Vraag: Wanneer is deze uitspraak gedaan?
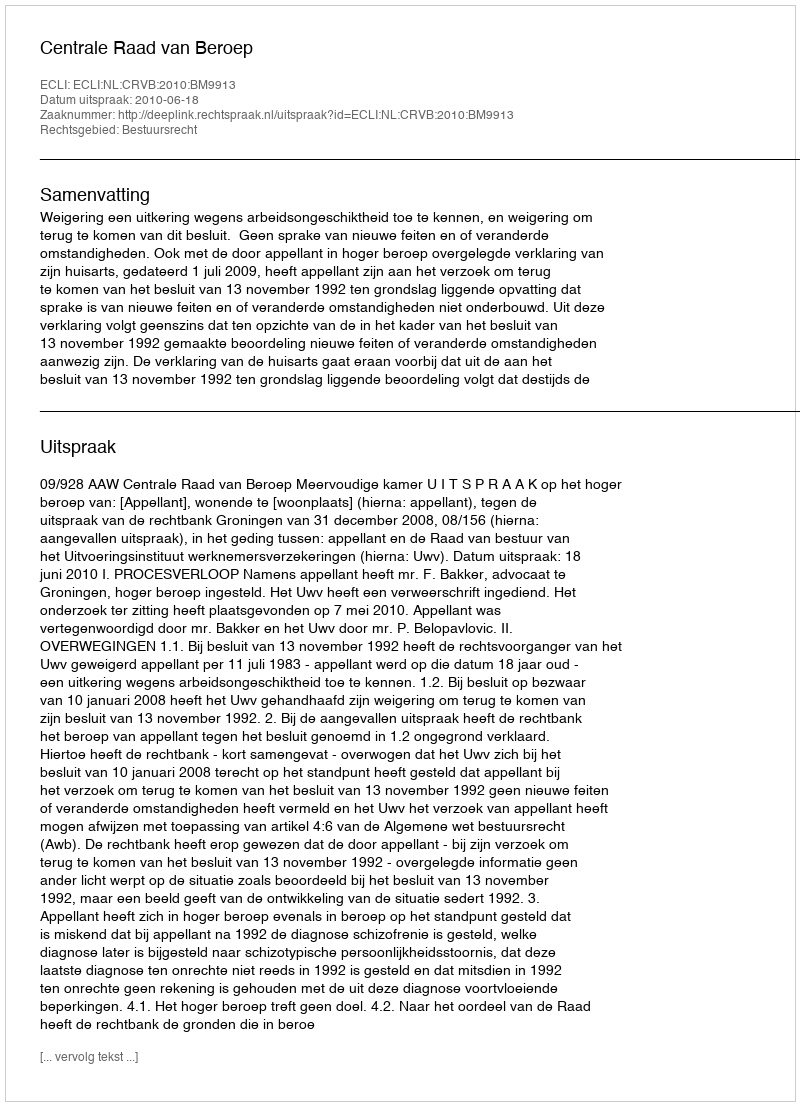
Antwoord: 2010-06-18